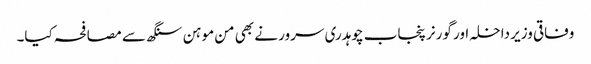
وفاقی وزیر داخلہ اور گورنر پنجاب چوہدری سرور نے بھی من موہن سنگھ سے مصافحہ کیا۔